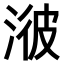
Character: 𣷭